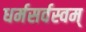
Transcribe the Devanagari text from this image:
धर्मसर्वस्वम्